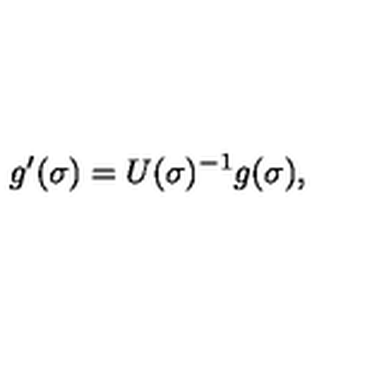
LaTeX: g ^ { \prime } ( \sigma ) = U ( \sigma ) ^ { - 1 } g ( \sigma ) , ~